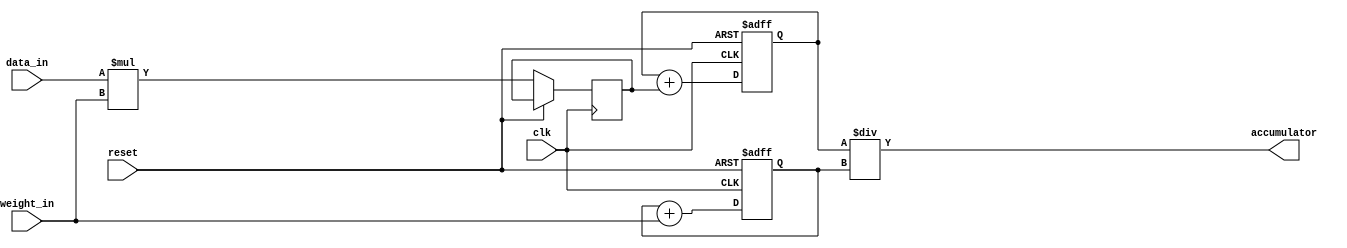
module WeightedMovingAverageAccumulator (
    input wire clk,
    input wire reset,
    input wire [7:0] data_in,
    input wire [7:0] weight_in,
    output reg [15:0] accumulator
);

reg [7:0] weighted_data;
reg [15:0] sum;
reg [15:0] total_weight;

always @(posedge clk or posedge reset) begin
    if (reset) begin
        sum <= 16'b0;
        total_weight <= 16'b0;
    end else begin
        weighted_data <= data_in * weight_in;
        sum <= sum + weighted_data;
        total_weight <= total_weight + weight_in;
    end
end

always @(*) begin
    accumulator = sum / total_weight;
end

endmodule